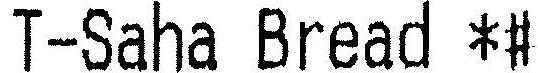
T-SAHA BREAD *#